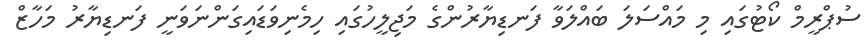
ސުޕްރީމް ކޯޓުގައި މި މައްސަލަ ބައްލަވާ ފަނޑިޔާރުންގެ މަޖިލީހުގައި ހިމެނިވަޑައިގަންނަވަނީ ފަނޑިޔާރު މަހާޒް